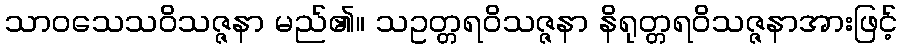
သာဝသေသဝိသဇ္ဇနာ မည်၏။ သဥတ္တရဝိသဇ္ဇနာ နိရုတ္တရဝိသဇ္ဇနာအားဖြင့်